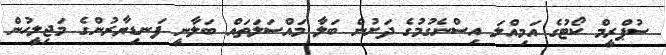
ސުޕްރީމް ކޯޓުގެ އަމިއްލަ އިސްނެގުމުގެ ދަށުން ބަލާ މައްސަލަތައް ބަލާނީ ފަނޑިޔާރުންގެ މަޖިލީހުން